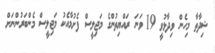
ޝިދާތާ މިހެން ވިދާޅުވީ 19 ވަނަ ރައްޔިތުންގެ މަޖިލީސް ފެށުމާއެކު މަޖިލީސް މެންބަރުންނަށް